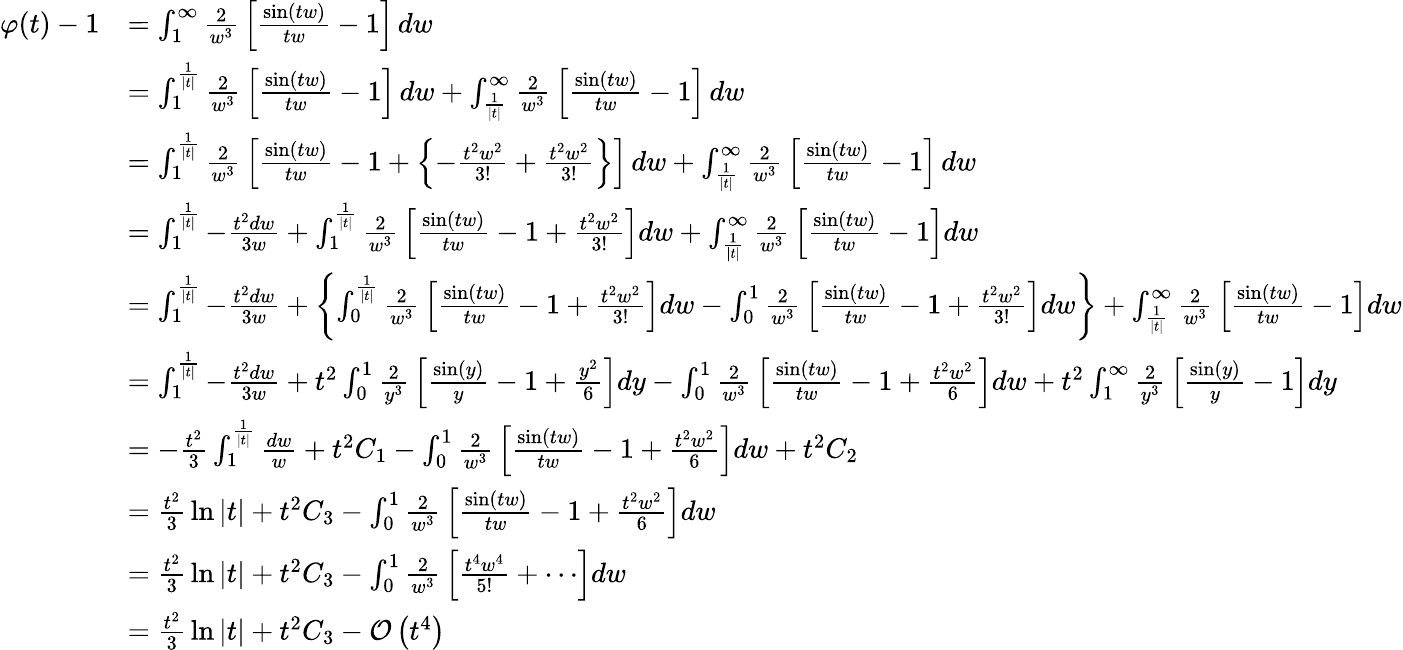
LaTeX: {\begin{array}{rl}{\varphi(t)-1}&{=\int_{1}^{\infty}{\frac{2}{w^{3}}}\left[{\frac{\sin(tw)}{tw}}-1\right]\, dw}\\ &{=\int_{1}^{\frac{1}{|t|}}{\frac{2}{w^{3}}}\left[{\frac{\sin(tw)}{tw}}-1\right]\, dw+\int_{\frac{1}{|t|}}^{\infty}{\frac{2}{w^{3}}}\left[{\frac{\sin(tw)}{tw}}-1\right]\, dw}\\ &{=\int_{1}^{\frac{1}{|t|}}{\frac{2}{w^{3}}}\left[{\frac{\sin(tw)}{tw}}-1+\left\{ -{\frac{t^{2}w^{2}}{3!}}+{\frac{t^{2}w^{2}}{3!}}\right\} \right]\, dw+\int_{\frac{1}{|t|}}^{\infty}{\frac{2}{w^{3}}}\left[{\frac{\sin(tw)}{tw}}-1\right]\, dw}\\ &{=\int_{1}^{\frac{1}{|t|}}-{\frac{t^{2}dw}{3w}}+\int_{1}^{\frac{1}{|t|}}{\frac{2}{w^{3}}}\left[{\frac{\sin(tw)}{tw}}-1+{\frac{t^{2}w^{2}}{3!}}\right]dw+\int_{\frac{1}{|t|}}^{\infty}{\frac{2}{w^{3}}}\left[{\frac{\sin(tw)}{tw}}-1\right]dw}\\ &{=\int_{1}^{\frac{1}{|t|}}-{\frac{t^{2}dw}{3w}}+\left\{ \int_{0}^{\frac{1}{|t|}}{\frac{2}{w^{3}}}\left[{\frac{\sin(tw)}{tw}}-1+{\frac{t^{2}w^{2}}{3!}}\right]dw-\int_{0}^{1}{\frac{2}{w^{3}}}\left[{\frac{\sin(tw)}{tw}}-1+{\frac{t^{2}w^{2}}{3!}}\right]dw\right\} +\int_{\frac{1}{|t|}}^{\infty}{\frac{2}{w^{3}}}\left[{\frac{\sin(tw)}{tw}}-1\right]dw}\\ &{=\int_{1}^{\frac{1}{|t|}}-{\frac{t^{2}dw}{3w}}+t^{2}\int_{0}^{1}{\frac{2}{y^{3}}}\left[{\frac{\sin(y)}{y}}-1+{\frac{y^{2}}{6}}\right]dy-\int_{0}^{1}{\frac{2}{w^{3}}}\left[{\frac{\sin(tw)}{tw}}-1+{\frac{t^{2}w^{2}}{6}}\right]dw+t^{2}\int_{1}^{\infty}{\frac{2}{y^{3}}}\left[{\frac{\sin(y)}{y}}-1\right]dy}\\ &{=-{\frac{t^{2}}{3}}\int_{1}^{\frac{1}{|t|}}{\frac{dw}{w}}+t^{2}C_{1}-\int_{0}^{1}{\frac{2}{w^{3}}}\left[{\frac{\sin(tw)}{tw}}-1+{\frac{t^{2}w^{2}}{6}}\right]dw+t^{2}C_{2}}\\ &{={\frac{t^{2}}{3}}\ln|t|+t^{2}C_{3}-\int_{0}^{1}{\frac{2}{w^{3}}}\left[{\frac{\sin(tw)}{tw}}-1+{\frac{t^{2}w^{2}}{6}}\right]dw}\\ &{={\frac{t^{2}}{3}}\ln|t|+t^{2}C_{3}-\int_{0}^{1}{\frac{2}{w^{3}}}\left[{\frac{t^{4}w^{4}}{5!}}+\cdots\right]dw}\\ &{={\frac{t^{2}}{3}}\ln|t|+t^{2}C_{3}-{\mathcal{O}}\left(t^{4}\right)}\end{array}}